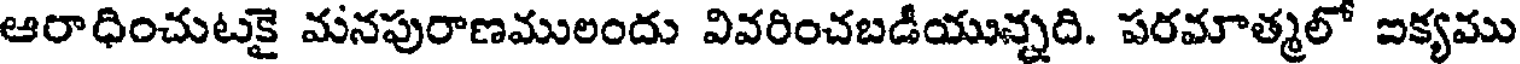
ఆరాధించుటకై మనపురాణములందు వివరించబడీయున్నది. పరమాత్మలో ఐక్యము